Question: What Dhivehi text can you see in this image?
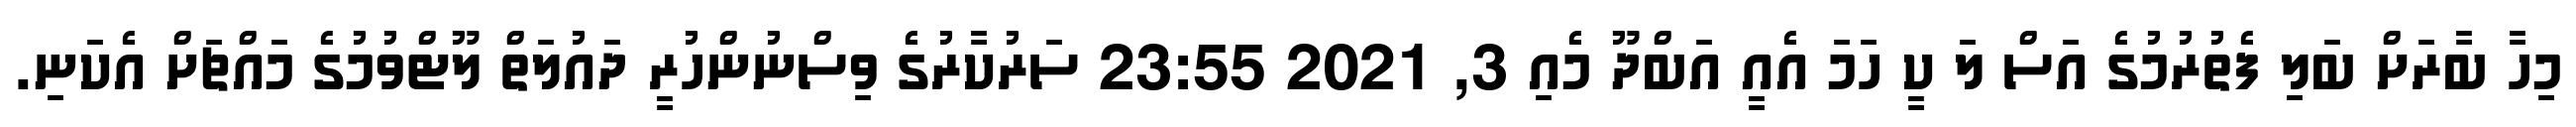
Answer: މިހާ ބާރަށް ބަލި ފެތުރުމުގެ އަސް ލަ ކީ ހަމަ އެއީ އަބްދޫ މެއި 3, 2021 23:55 ސަރުކާރުގެ ވިސްނުންހުރީ ދައުލަތް ލޫޓްވުމުގެ މައްޗަށް އެކަނި.